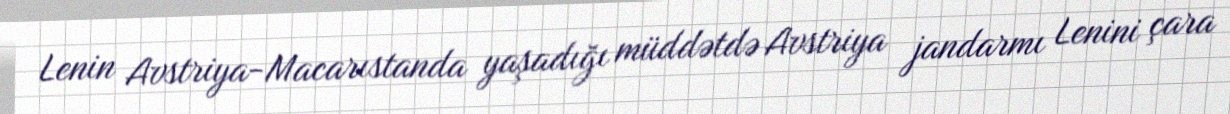
Lenin Avstriya-Macarıstanda yaşadığı müddətdə Avstriya jandarmı Lenini çara